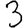
Digit: 3